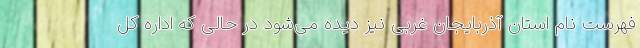
فهرست نام استان آذربایجان غربی نیز دیده می‌شود در حالی که اداره کل